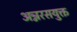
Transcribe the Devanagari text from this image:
अन्नरसयुक्त